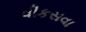
વીકસવા